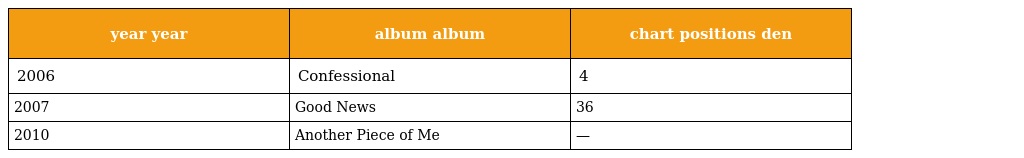
| year year | album album | chart positions den |
 | --- | --- | --- |
 | 2006 | Confessional | 4 |
 | 2007 | Good News | 36 |
 | 2010 | Another Piece of Me | — |